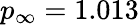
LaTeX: p_{\infty}=1.013